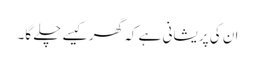
ان کی پریشانی ہے کہ گھر کیسے چلے گا۔